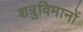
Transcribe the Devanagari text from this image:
शत्रुविमानों